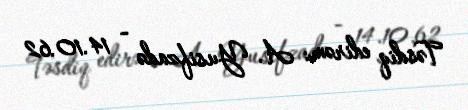
Təsdiq edirəm: A. Yusifzadə - 14.10.62